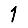
Digit: 1